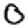
Digit: 0